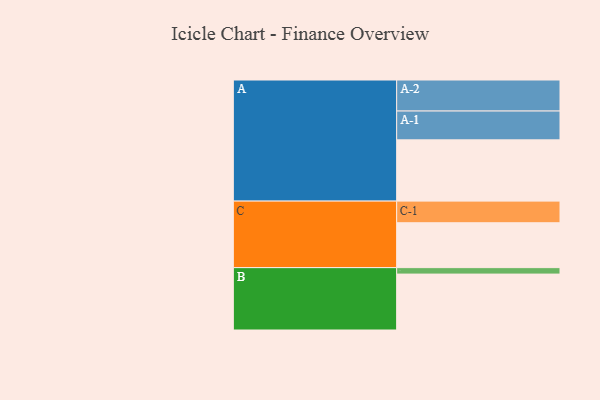
{"axis": {"x": "Segment", "y": "Value"}, "legend": ["", "A", "B", "C"], "data": [{"x": "A", "y": 561, "type": ""}, {"x": "B", "y": 512, "type": ""}, {"x": "C", "y": 411, "type": ""}, {"x": "A-1", "y": 264, "type": "A"}, {"x": "A-2", "y": 284, "type": "A"}, {"x": "B-1", "y": 59, "type": "B"}, {"x": "C-1", "y": 198, "type": "C"}]}